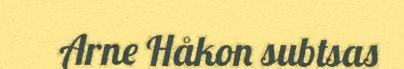
Arne Håkon subtsas